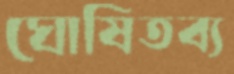
ঘোষিতব্য